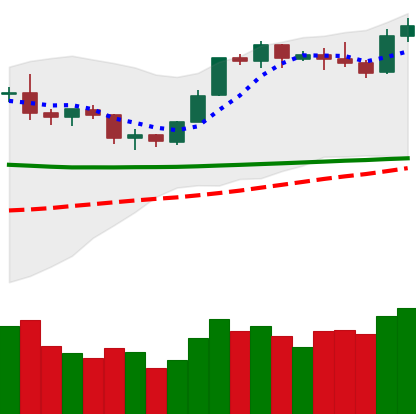
Ticker: BTC-USD
Chart end date: 2020-02-06
Forward return: 4.917%
Label: up_3_5